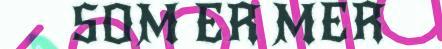
SOM ER MER